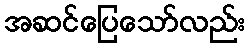
အဆင်ပြေသော်လည်း